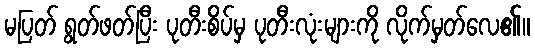
မပြတ် ရွတ်ဖတ်ပြီး ပုတီးစိပ်မှ ပုတီးလုံးများကို လိုက်မှတ်လေ၏။